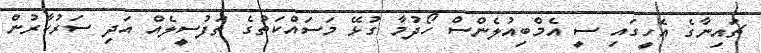
ޗައިނާގެ އެހީގައި ސީ އެމްބިއުލެންސް ހޯދުމާ ގުޅޭ މަސައްކަތުގެ ތަފުސީލެއް އަދި ސަރުކާރުން